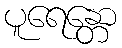
ပူရေန္တော